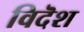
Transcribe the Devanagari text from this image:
विदॆश